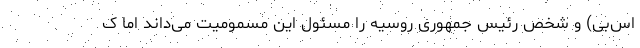
اس‌بی) و شخص رئیس جمهوری روسیه را مسئول این مسمومیت می‌داند اما ک